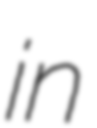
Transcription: in